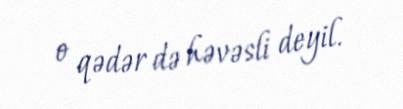
o qədər də həvəsli deyil.